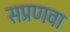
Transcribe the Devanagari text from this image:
सप्रणवा